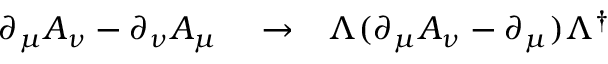
\begin{array} { r l r } { \partial _ { \mu } A _ { \nu } - \partial _ { \nu } A _ { \mu } } & { { } \to } & { \Lambda ( \partial _ { \mu } A _ { \nu } - \partial _ { \mu } ) \Lambda ^ { \dagger } } \end{array}